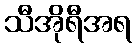
သီအိုရီအရ